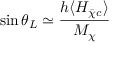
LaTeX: \sin \theta _ { L } \simeq \frac { h \langle H _ { \bar { \chi } c } \rangle } { M _ { \chi } }